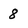
Character: 8